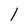
Character: 1